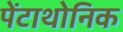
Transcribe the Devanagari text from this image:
पेंटाथोनिक